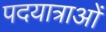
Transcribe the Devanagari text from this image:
पदयात्राओं